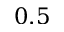
0 . 5